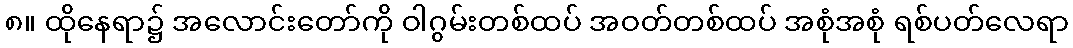
၈။ ထိုနေရာ၌ အလောင်းတော်ကို ဝါဂွမ်းတစ်ထပ် အဝတ်တစ်ထပ် အစုံအစုံ ရစ်ပတ်လေရာ